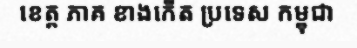
ខេត្ត ភាគ ខាងកើត ប្រទេស កម្ពុជា